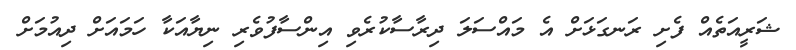
ޝަރީއަތެއް ފެށި ރަނގަޅަށް އެ މައްސަލަ ދިރާސާކުރެވި އިންސާފުވެރި ނިޔާއަކާ ހަމައަށް ދިއުމަށް